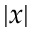
\left| x \right|